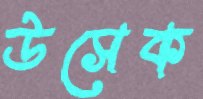
উসেক